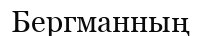
Бергманның